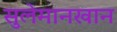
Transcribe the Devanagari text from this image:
सुलेमानखान